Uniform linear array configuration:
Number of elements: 12
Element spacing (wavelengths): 0.25
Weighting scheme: binomial
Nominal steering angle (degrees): -15
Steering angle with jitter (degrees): -14.055
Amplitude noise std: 0.05
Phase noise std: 0.05

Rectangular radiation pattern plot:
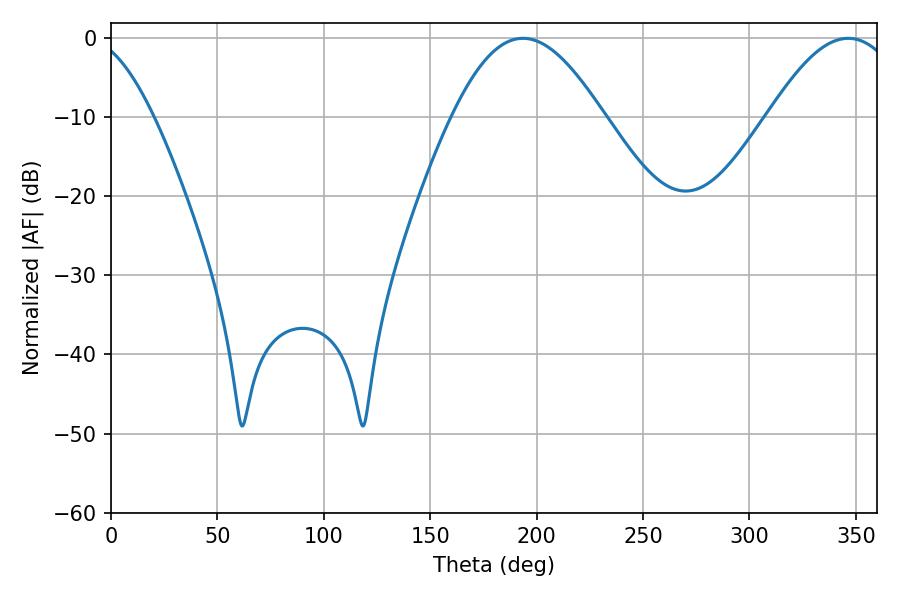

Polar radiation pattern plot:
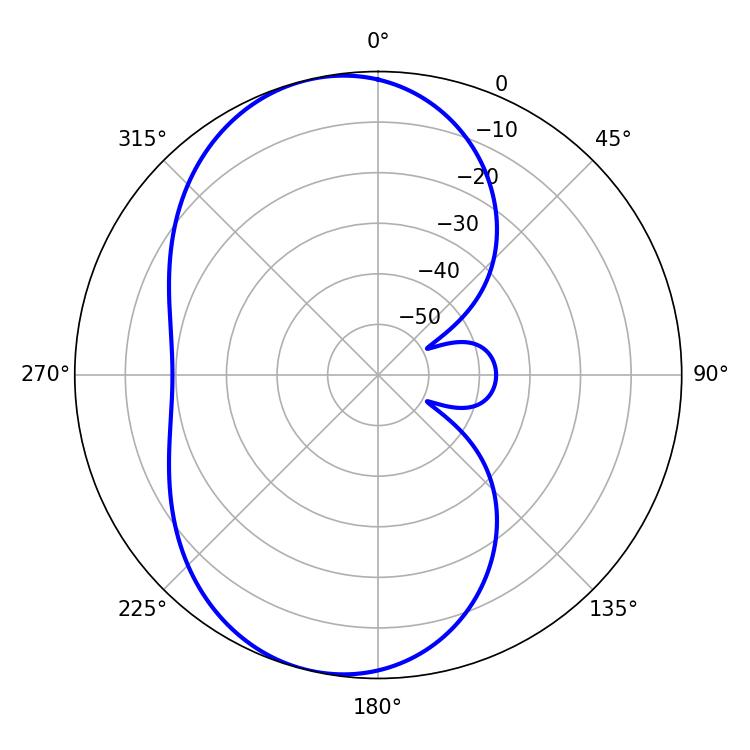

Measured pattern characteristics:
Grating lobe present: FALSE
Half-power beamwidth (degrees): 38.34
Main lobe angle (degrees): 193.5